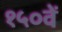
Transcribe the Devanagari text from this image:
१५०वें